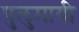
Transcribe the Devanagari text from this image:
पुलुमायी